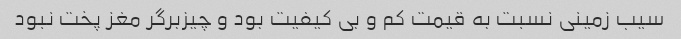
سیب زمینی نسبت به قیمت کم و بی کیفیت بود و چیزبرگر مغز پخت نبود